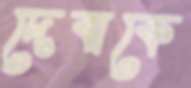
দেবাকে